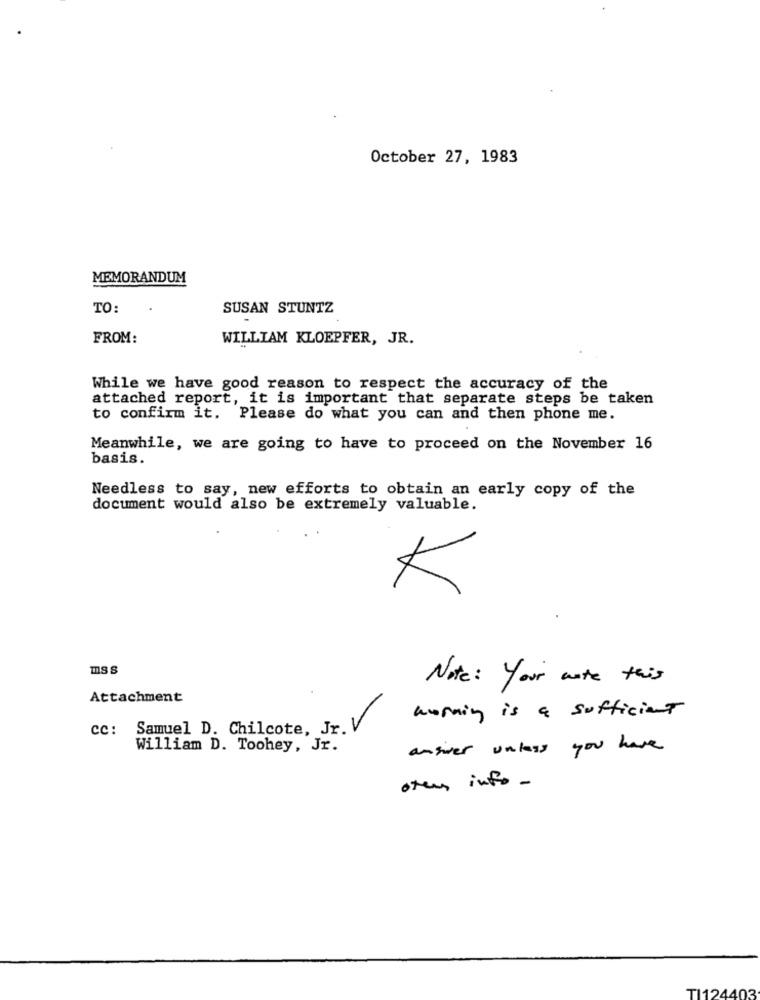
October 27, 1983
MEMORANDUM
TO:
SUSAN STUNTZ
FROM:
WILLIAM KLOEPFER, JR.
While we have good reason to respect the accuracy of the
attached report, it is important that separate steps be taken
to confirm it. Please do what you can and then phone me.
Meanwhile, we are going to have to proceed on the November 16
basis.
Needless to say, new efforts to obtain an early copy of the
document would also be extremely valuable.
K
ms s
Note : Your wate this
Attachment
working is a sufficient
cc:
Samuel D. Chilcote, Jr. V
William D. Toohey, Jr.
angiver unless you have
oter info -
TI124403